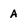
Character: A